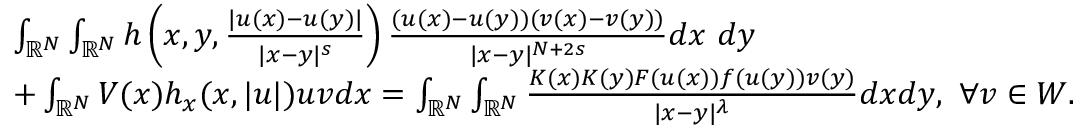
\begin{array} { r l } & { \int _ { { \mathbb R } ^ { N } } \int _ { { \mathbb R } ^ { N } } h \left( x , y , \frac { | u ( x ) - u ( y ) | } { | x - y | ^ { s } } \right) \frac { ( u ( x ) - u ( y ) ) ( v ( x ) - v ( y ) ) } { | x - y | ^ { N + 2 s } } d x \ d y } \\ & { + \int _ { { \mathbb R } ^ { N } } V ( x ) h _ { x } ( x , | u | ) u v d x = \int _ { { \mathbb R } ^ { N } } \int _ { { \mathbb R } ^ { N } } \frac { K ( x ) K ( y ) F ( u ( x ) ) f ( u ( y ) ) v ( y ) } { | x - y | ^ { \lambda } } d x d y , \ \forall v \in W . } \end{array}